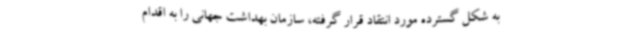
به شکل گسترده مورد انتقاد قرار گرفته، سازمان بهداشت جهانی را به اقدام